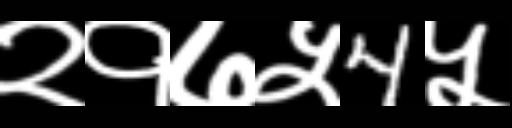
Text: २१७५4५